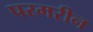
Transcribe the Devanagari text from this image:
परमरीन